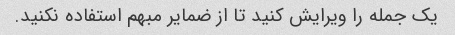
یک جمله را ویرایش کنید تا از ضمایر مبهم استفاده نکنید.